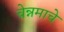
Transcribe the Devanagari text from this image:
चेन्नमाचे